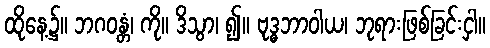
ထိုနေ့၌။ ဘဂဝန္တံ၊ ကို။ ဒိသွာ၊ ၍။ ဗုဒ္ဓဘာဝါယ၊ ဘုရားဖြစ်ခြင်းငှါ။